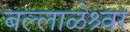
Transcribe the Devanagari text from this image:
बल्लाळेश्र्वर